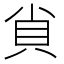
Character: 𧴪